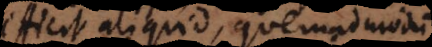
icit aliquid, quemadmodum